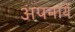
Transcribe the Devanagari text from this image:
अपनायें